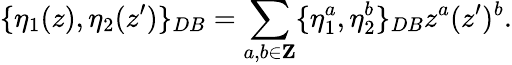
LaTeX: \{ \eta_{1}(z),\eta_{2}(z^{\prime})\} _{DB}=\sum_{a,b\in{\mathbf Z}}\{ \eta_{1}^{a},\eta_{2}^{b}\} _{DB}z^{a}(z^{\prime})^{b}.